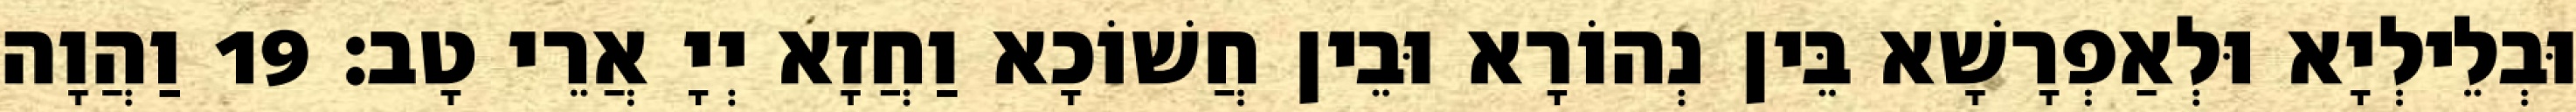
וּבְלֵילְיָא וּלְאַפְרָשָׁא בֵּין נְהוֹרָא וּבֵין חֲשׁוֹכָא וַחֲזָא יְיָ אֲרֵי טָב׃ 19 וַהֲוָה